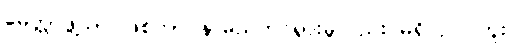
မေတ္တာဖွဲ့သာ ဖြစ်ကာ နာမည်ထင်ရှားမှုလည်း မရှိလှ ပါဘူး။